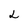
Character: L